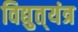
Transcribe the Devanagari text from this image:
विद्युत्‌यंत्र